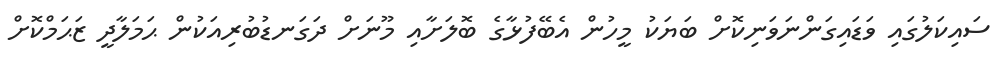
ސައިކަލުގައި ވަޑައިގަންނަވަނިކޮށް ބަޔަކު މީހުން އެބޭފުޅާގެ ބޮލަށާއި މޫނަށް ދަގަނޑުބުރިއަކުން ޙަމަލާދީ ޒަޙަމްކޮށް